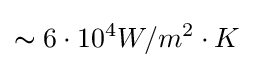
\thicksim 6\cdot 10^{4}W/m^{2}\cdot K